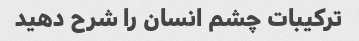
ترکیبات چشم انسان را شرح دهید